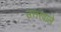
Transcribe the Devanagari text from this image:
उत्तरवाले